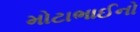
મોટાભાઈનો